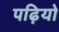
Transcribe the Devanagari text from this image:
पढ़ियो